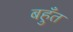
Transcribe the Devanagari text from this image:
बहुँत